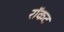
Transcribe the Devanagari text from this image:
रॉकट